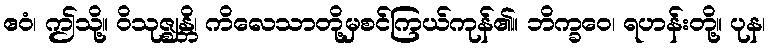
ဧဝံ၊ ဤသို့။ ဝိသုဇ္ဈန္တိ၊ ကိလေသာတို့မှစင်ကြယ်ကုန်၏။ ဘိက္ခဝေ၊ ရဟန်းတို့။ ပုန၊